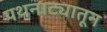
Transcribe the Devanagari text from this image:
पथनाट्यातून